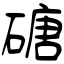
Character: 磄